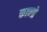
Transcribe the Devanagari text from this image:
कान्ग्रे